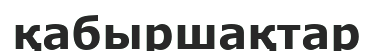
қабыршақтар